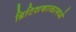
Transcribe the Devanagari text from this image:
ब्रिटिशकाळामध्ये